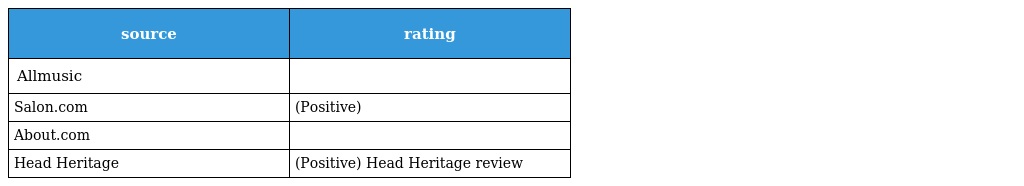
| source | rating |
 | --- | --- |
 | Allmusic |  |
 | Salon.com | (Positive) |
 | About.com |  |
 | Head Heritage | (Positive) Head Heritage review |